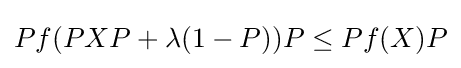
Pf(PXP+\lambda (1-P))P\leq Pf(X)P